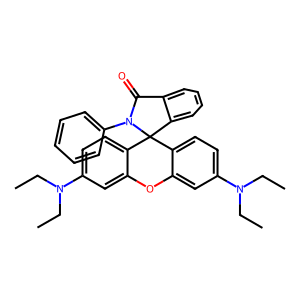
SMILES: CCN(CC)c1ccc2c(c1)Oc1cc(N(CC)CC)ccc1C21c2ccccc2C(=O)N1c1ccccc1
Inhibits HIV replication: No